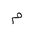
Letter: _mim